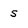
Character: S